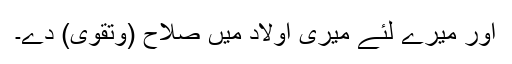
اور میرے لئے میری اولاد میں صلاح (وتقویٰ) دے۔